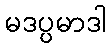
မဒပ္ပမာဒါ